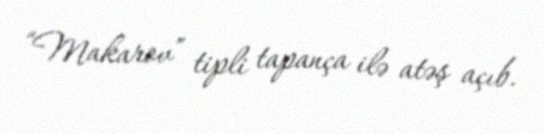
“Makarov” tipli tapança ilə atəş açıb.